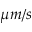
\mu m / s